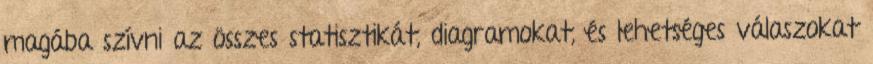
magába szívni az összes statisztikát, diagramokat, és lehetséges válaszokat